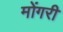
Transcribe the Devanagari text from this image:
मोंगरी